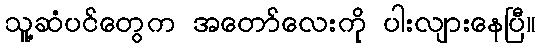
သူ့ဆံပင်တွေက အတော်လေးကို ပါးလျားနေပြီ။